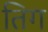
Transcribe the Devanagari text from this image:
तिग